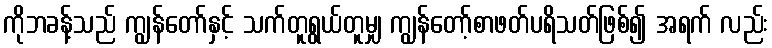
ကိုဘခန့်သည် ကျွန်တော်နှင့် သက်တူရွယ်တူမျှ ကျွန်တော့်စာဖတ်ပရိသတ်ဖြစ်၍ အရက် လည်း